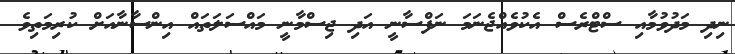
ނިދި މަދުވުމާއި ސްޓްރެސް އެކުވެއްޖެނަމަ ނަފްސާނީ އަދި ޖިސްމާނީ މައްސަލަތައް އިންސާނާއަށް ކުރިމަތިވެ